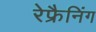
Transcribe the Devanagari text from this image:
रेफ्रैनिंग